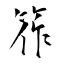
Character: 筰